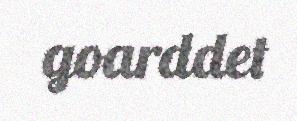
goarddet